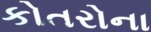
કોતરોના